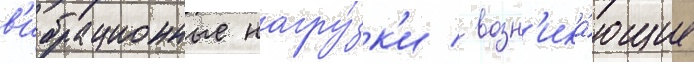
в'ибрационные нагру́зк'и / возн'ика́ющие